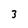
Character: 3